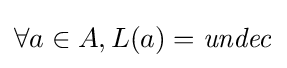
\forall a\in A,L(a)={\mathit {undec}}